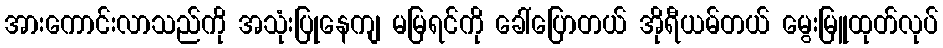
အားကောင်းလာသည်ကို အသုံးပြုနေကျ မမြရင်ကို ခေါ်ပြောတယ် အိုရီယမ်တယ် မွေးမြူထုတ်လုပ်